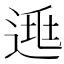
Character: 𨓱